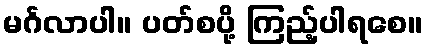
မင်္ဂလာပါ။ ပတ်စပို့ ကြည့်ပါရစေ။